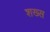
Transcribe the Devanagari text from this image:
शख्‍स